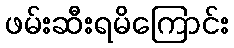
ဖမ်းဆီးရမိကြောင်း